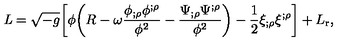
{ \it L } = \sqrt { - g } \biggl [ \phi \biggl ( R - \omega \frac { \phi _ { ; \rho } \phi ^ { ; \rho } } { \phi ^ { 2 } } - \frac { \Psi _ { ; \rho } \Psi ^ { ; \rho } } { \phi ^ { 2 } } \biggr ) - \frac { 1 } { 2 } \xi _ { ; \rho } \xi ^ { ; \rho } \biggr ] + L _ { \mathrm { r } } ,